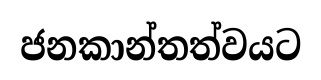
ජනකාන්තත්වයට